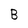
Character: B